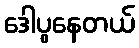
ဒေါပွနေတယ်